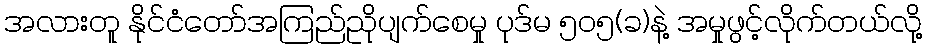
အလားတူ နိုင်ငံတော်အကြည်ညိုပျက်စေမှု ပုဒ်မ ၅၀၅(ခ)နဲ့ အမှုဖွင့်လိုက်တယ်လို့